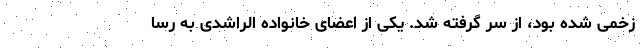
زخمی شده بود، از سر گرفته شد. یکی از اعضای خانواده الراشدی به رسا